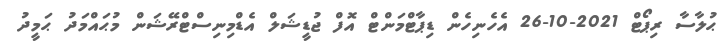
ޙުލާސާ ރިޕޯޓް 2021-10-26 އެހެނިހެން ޑިޕާޓްމަންޓް އޮފް ޖުޑީޝަލް އެޑްމިނިސްޓްރޭޝަން މުޙައްމަދު ޙަމީދު